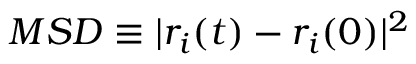
M S D \equiv | r _ { i } ( t ) - r _ { i } ( 0 ) | ^ { 2 }